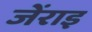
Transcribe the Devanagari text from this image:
जेंराइ